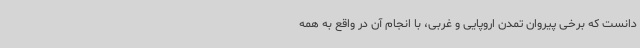
دانست که برخی پیروان تمدن اروپایی و غربی، با انجام آن در واقع به همه